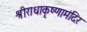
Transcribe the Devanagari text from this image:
श्रीराधाकृष्णामंदिर